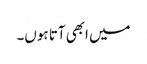
میں ابھی آتا ہوں۔